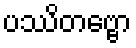
ပဿိတဗ္ဗော